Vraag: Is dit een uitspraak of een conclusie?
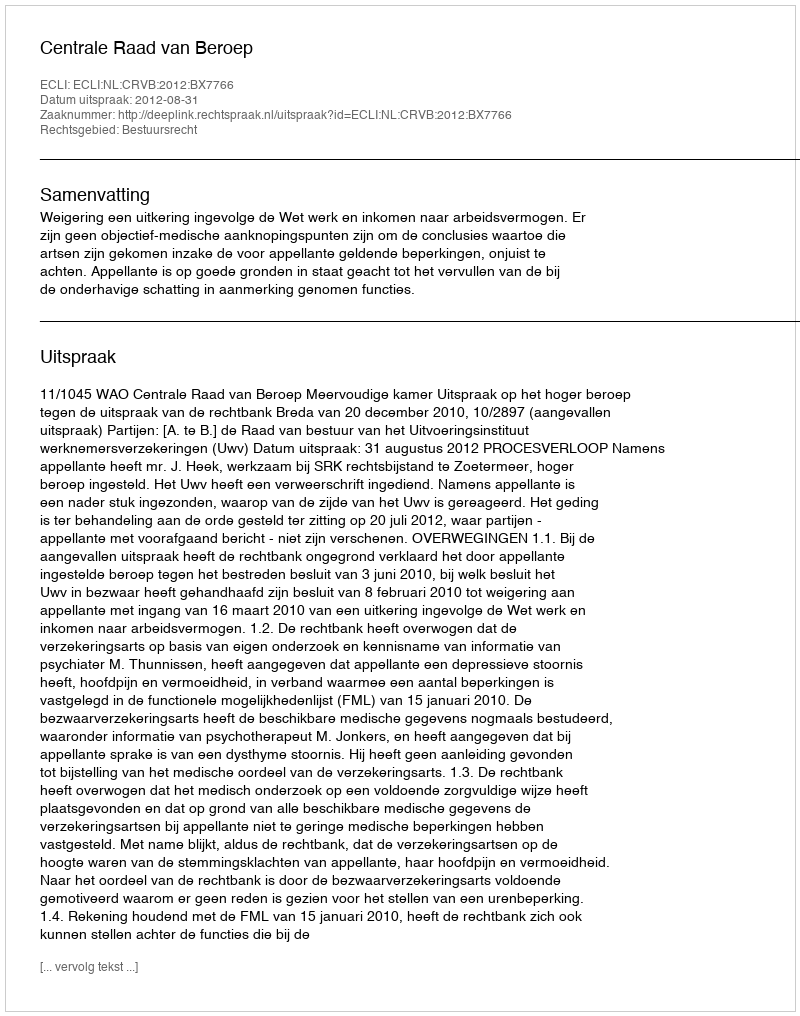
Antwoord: Uitspraak